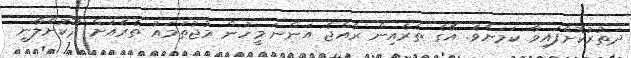
ދަތުރުކޮށްފައިވާ ކަމަށެވެ. އޭގެ ތެރެއިން ރާއްޖެ އަންނަ މީހުން މުޖުތަމައު ތެރެއަށް ދޫކޮށްލާނީ